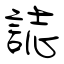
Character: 誌